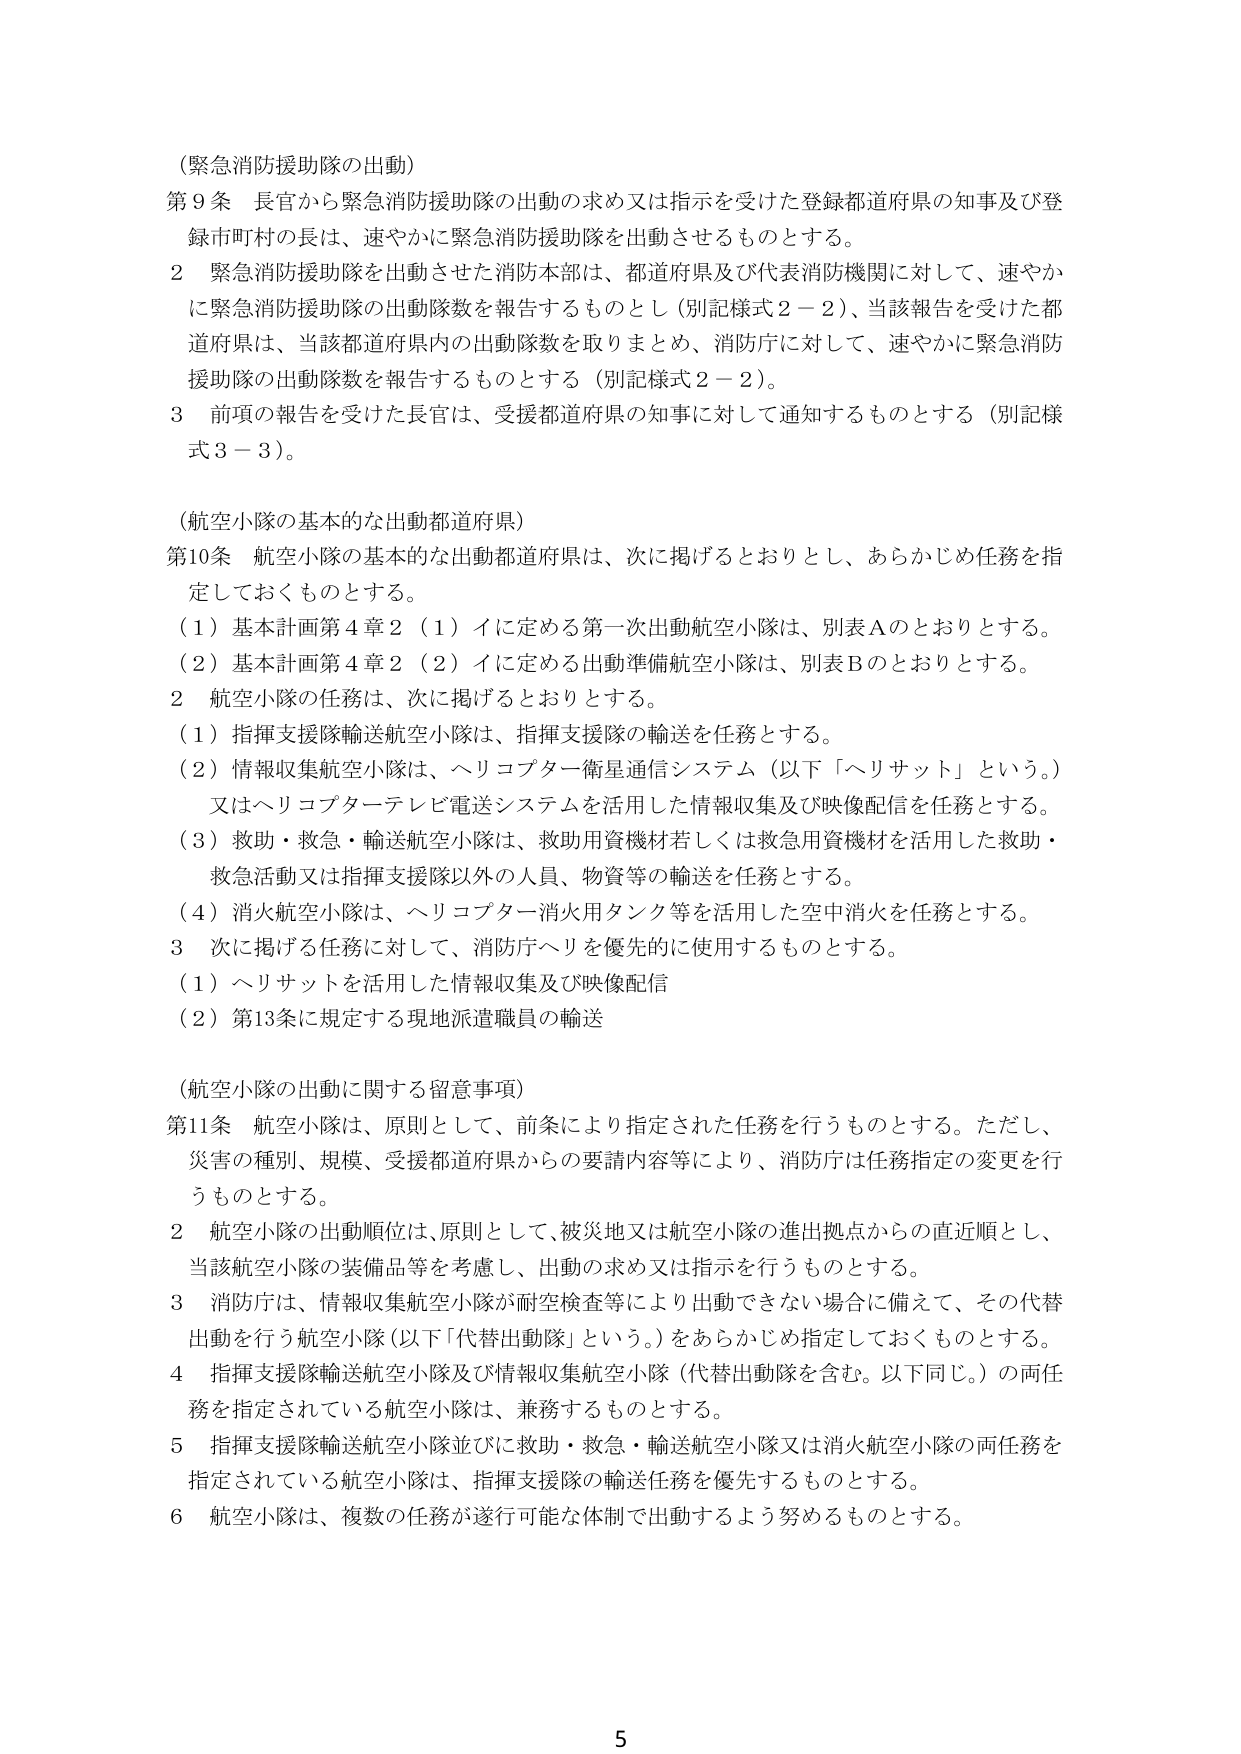
（緊急消防援助隊の出動）

第９条　長官から緊急消防援助隊の出動の求め又は指示を受けた登録都道府県の知事及び登録市町村の長は、速やかに緊急消防援助隊を出動させるものとする。

２　緊急消防援助隊を出動させた消防本部は、都道府県及び代表消防機関に対して、速やかに緊急消防援助隊の出動隊数を報告するものとし（別記様式２－２）、当該報告を受けた都道府県は、当該都道府県内の出動隊数を取りまとめ、消防庁に対して、速やかに緊急消防援助隊の出動隊数を報告するものとする（別記様式２－２）。

３　前項の報告を受けた長官は、受援都道府県の知事に対して通知するものとする（別記様式３－３）。

（航空小隊の基本的な出動都道府県）

第10条　航空小隊の基本的な出動都道府県は、次に掲げるとおりとし、あらかじめ任務を指定しておくものとする。

（１）基本計画第４章２（１）イに定める第一次出動航空小隊は、別表Ａのとおりとする。

（２）基本計画第４章２（２）イに定める出動準備航空小隊は、別表Ｂのとおりとする。

２　航空小隊の任務は、次に掲げるとおりとする。

（１）指揮支援隊輸送航空小隊は、指揮支援隊の輸送を任務とする。

（２）情報収集航空小隊は、ヘリコプター衛星通信システム（以下「ヘリサット」という。）又はヘリコプターテレビ電送システムを活用した情報収集及び映像配信を任務とする。

（３）救助・救急・輸送航空小隊は、救助用資機材若しくは救急用資機材を活用した救助・救急活動又は指揮支援隊以外の人員、物資等の輸送を任務とする。

（４）消火航空小隊は、ヘリコプター消火用タンク等を活用した空中消火を任務とする。

３　次に掲げる任務に対して、消防庁へリを優先的に使用するものとする。

（１）ヘリサットを活用した情報収集及び映像配信

（２）第13条に規定する現地派遣職員の輸送

（航空小隊の出動に関する留意事項）

第11条　航空小隊は、原則として、前条により指定された任務を行うものとする。ただし、災害の種別、規模、受援都道府県からの要請内容等により、消防庁は任務指定の変更を行うものとする。

２　航空小隊の出動順位は、原則として、被災地又は航空小隊の進出拠点からの直近順とし、当該航空小隊の装備品等を考慮し、出動の求め又は指示を行うものとする。

３　消防庁は、情報収集航空小隊が耐空検査等により出動できない場合に備えて、その代替出動を行う航空小隊（以下「代替出動隊」という。）をあらかじめ指定しておくものとする。

４　指揮支援隊輸送航空小隊及び情報収集航空小隊（代替出動隊を含む。以下同じ。）の両任務を指定されている航空小隊は、兼務するものとする。

５　指揮支援隊輸送航空小隊並びに救助・救急・輸送航空小隊又は消火航空小隊の両任務を指定されている航空小隊は、指揮支援隊の輸送任務を優先するものとする。

６　航空小隊は、複数の任務が遂行可能な体制で出動するよう努めるものとする。

5